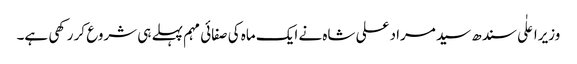
وزیراعلٰی سندھ سید مراد علی شاہ نے ایک ماہ کی صفائی مہم پہلے ہی شروع کر رکھی ہے۔